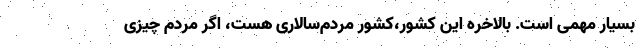
بسیار مهمی است. بالاخره این کشور،کشور مردم‌سالاری هست، اگر مردم چیزی